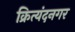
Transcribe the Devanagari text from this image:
क्रित्यंदनगर